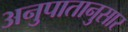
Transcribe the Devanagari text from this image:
अनुपातानुसार